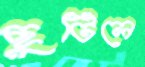
ছুটিলে